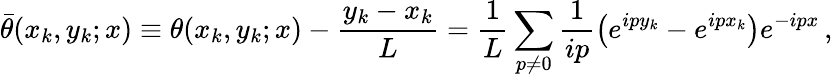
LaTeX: {\bar{\theta}}(x_{k},y_{k};x)\equiv\theta(x_{k},y_{k};x)-\frac{y_{k}-x_{k}}{L}=\frac{1}{L}\sum_{p\ne 0}\frac{1}{ip}\left(e^{ipy_{k}}-e^{ipx_{k}}\right)e^{-ipx}\, ,